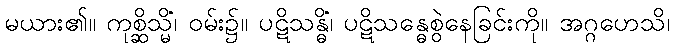
မယား၏။ ကုစ္ဆိသ္မိံ၊ ဝမ်း၌။ ပဋိသန္ဓိံ၊ ပဋိသန္ဓေစွဲနေခြင်းကို။ အဂ္ဂဟေသိ၊